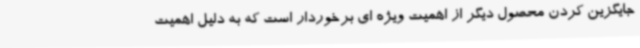
جایگزین کردن محصول دیگر از اهمیت ویژه ای برخوردار است که به دلیل اهمیت